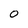
Character: O